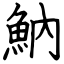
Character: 魶